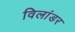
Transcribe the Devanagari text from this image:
विलांडर